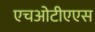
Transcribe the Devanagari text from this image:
एचओटीएएस